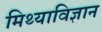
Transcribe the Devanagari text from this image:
मिथ्याविज्ञान